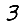
Digit: 3